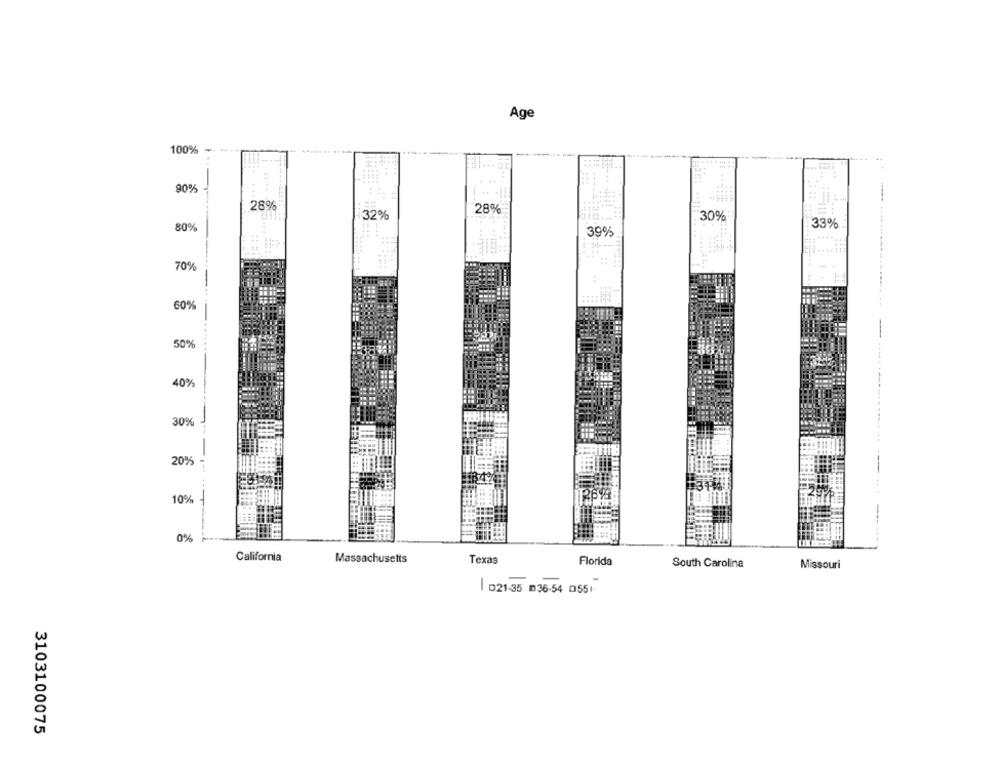
Age
100%
+. 11
...
90%
+ ...
28%
32%
28%
30%
80%
33%
39%
70%
60%
50%
40%
30%
20%
10%
0%
California
Massachusetts
Texas
Florida
South Carolina
Missouri
| 021-35 036-54 0551
3103100075